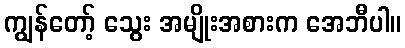
ကျွန်တော့် သွေး အမျိုးအစားက အေဘီပါ။